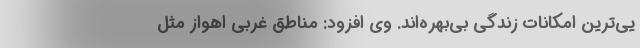
یی‌ترین امکانات زندگی بی‌بهره‌اند. وی افزود: مناطق غربی اهواز مثل